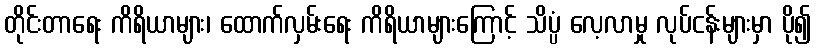
တိုင်းတာရေး ကိရိယာများ၊ ထောက်လှမ်းရေး ကိရိယာများကြောင့် သိပ္ပံ လေ့လာမှု လုပ်ငန်းများမှာ ပို၍